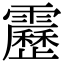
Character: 靂